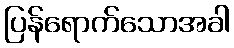
ပြန်ရောက်သောအခါ